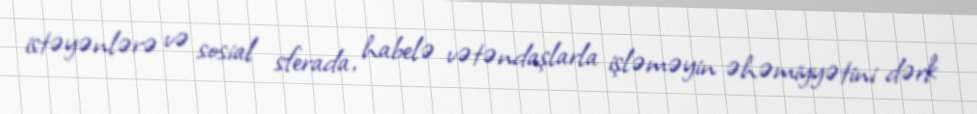
istəyənlərə və sosial sferada, habelə vətəndaşlarla işləməyin əhəmiyyətini dərk